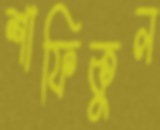
শাফিকুল